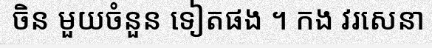
ចិន មួយចំនួន ទៀតផង ។ កង វរសេនា